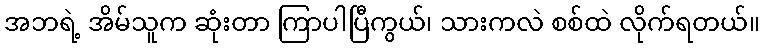
အဘရဲ့ အိမ်သူက ဆုံးတာ ကြာပါပြီကွယ်၊ သားကလဲ စစ်ထဲ လိုက်ရတယ်။